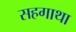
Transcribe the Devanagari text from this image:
सहगाथा